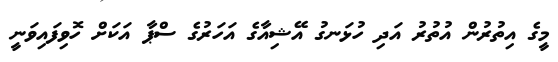
މީގެ އިތުރުން އުތުރު އަދި ހުޅަނގު އޭޝިއާގެ އަހަރުގެ ސްޕާ އަކަށް ހޮވިފައިވަނީ